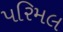
પરિમલ